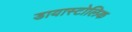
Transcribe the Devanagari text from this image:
डायास्टोलिक